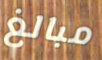
مبالغ